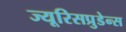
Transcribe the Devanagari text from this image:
ज्यूरिसप्रुडेन्स